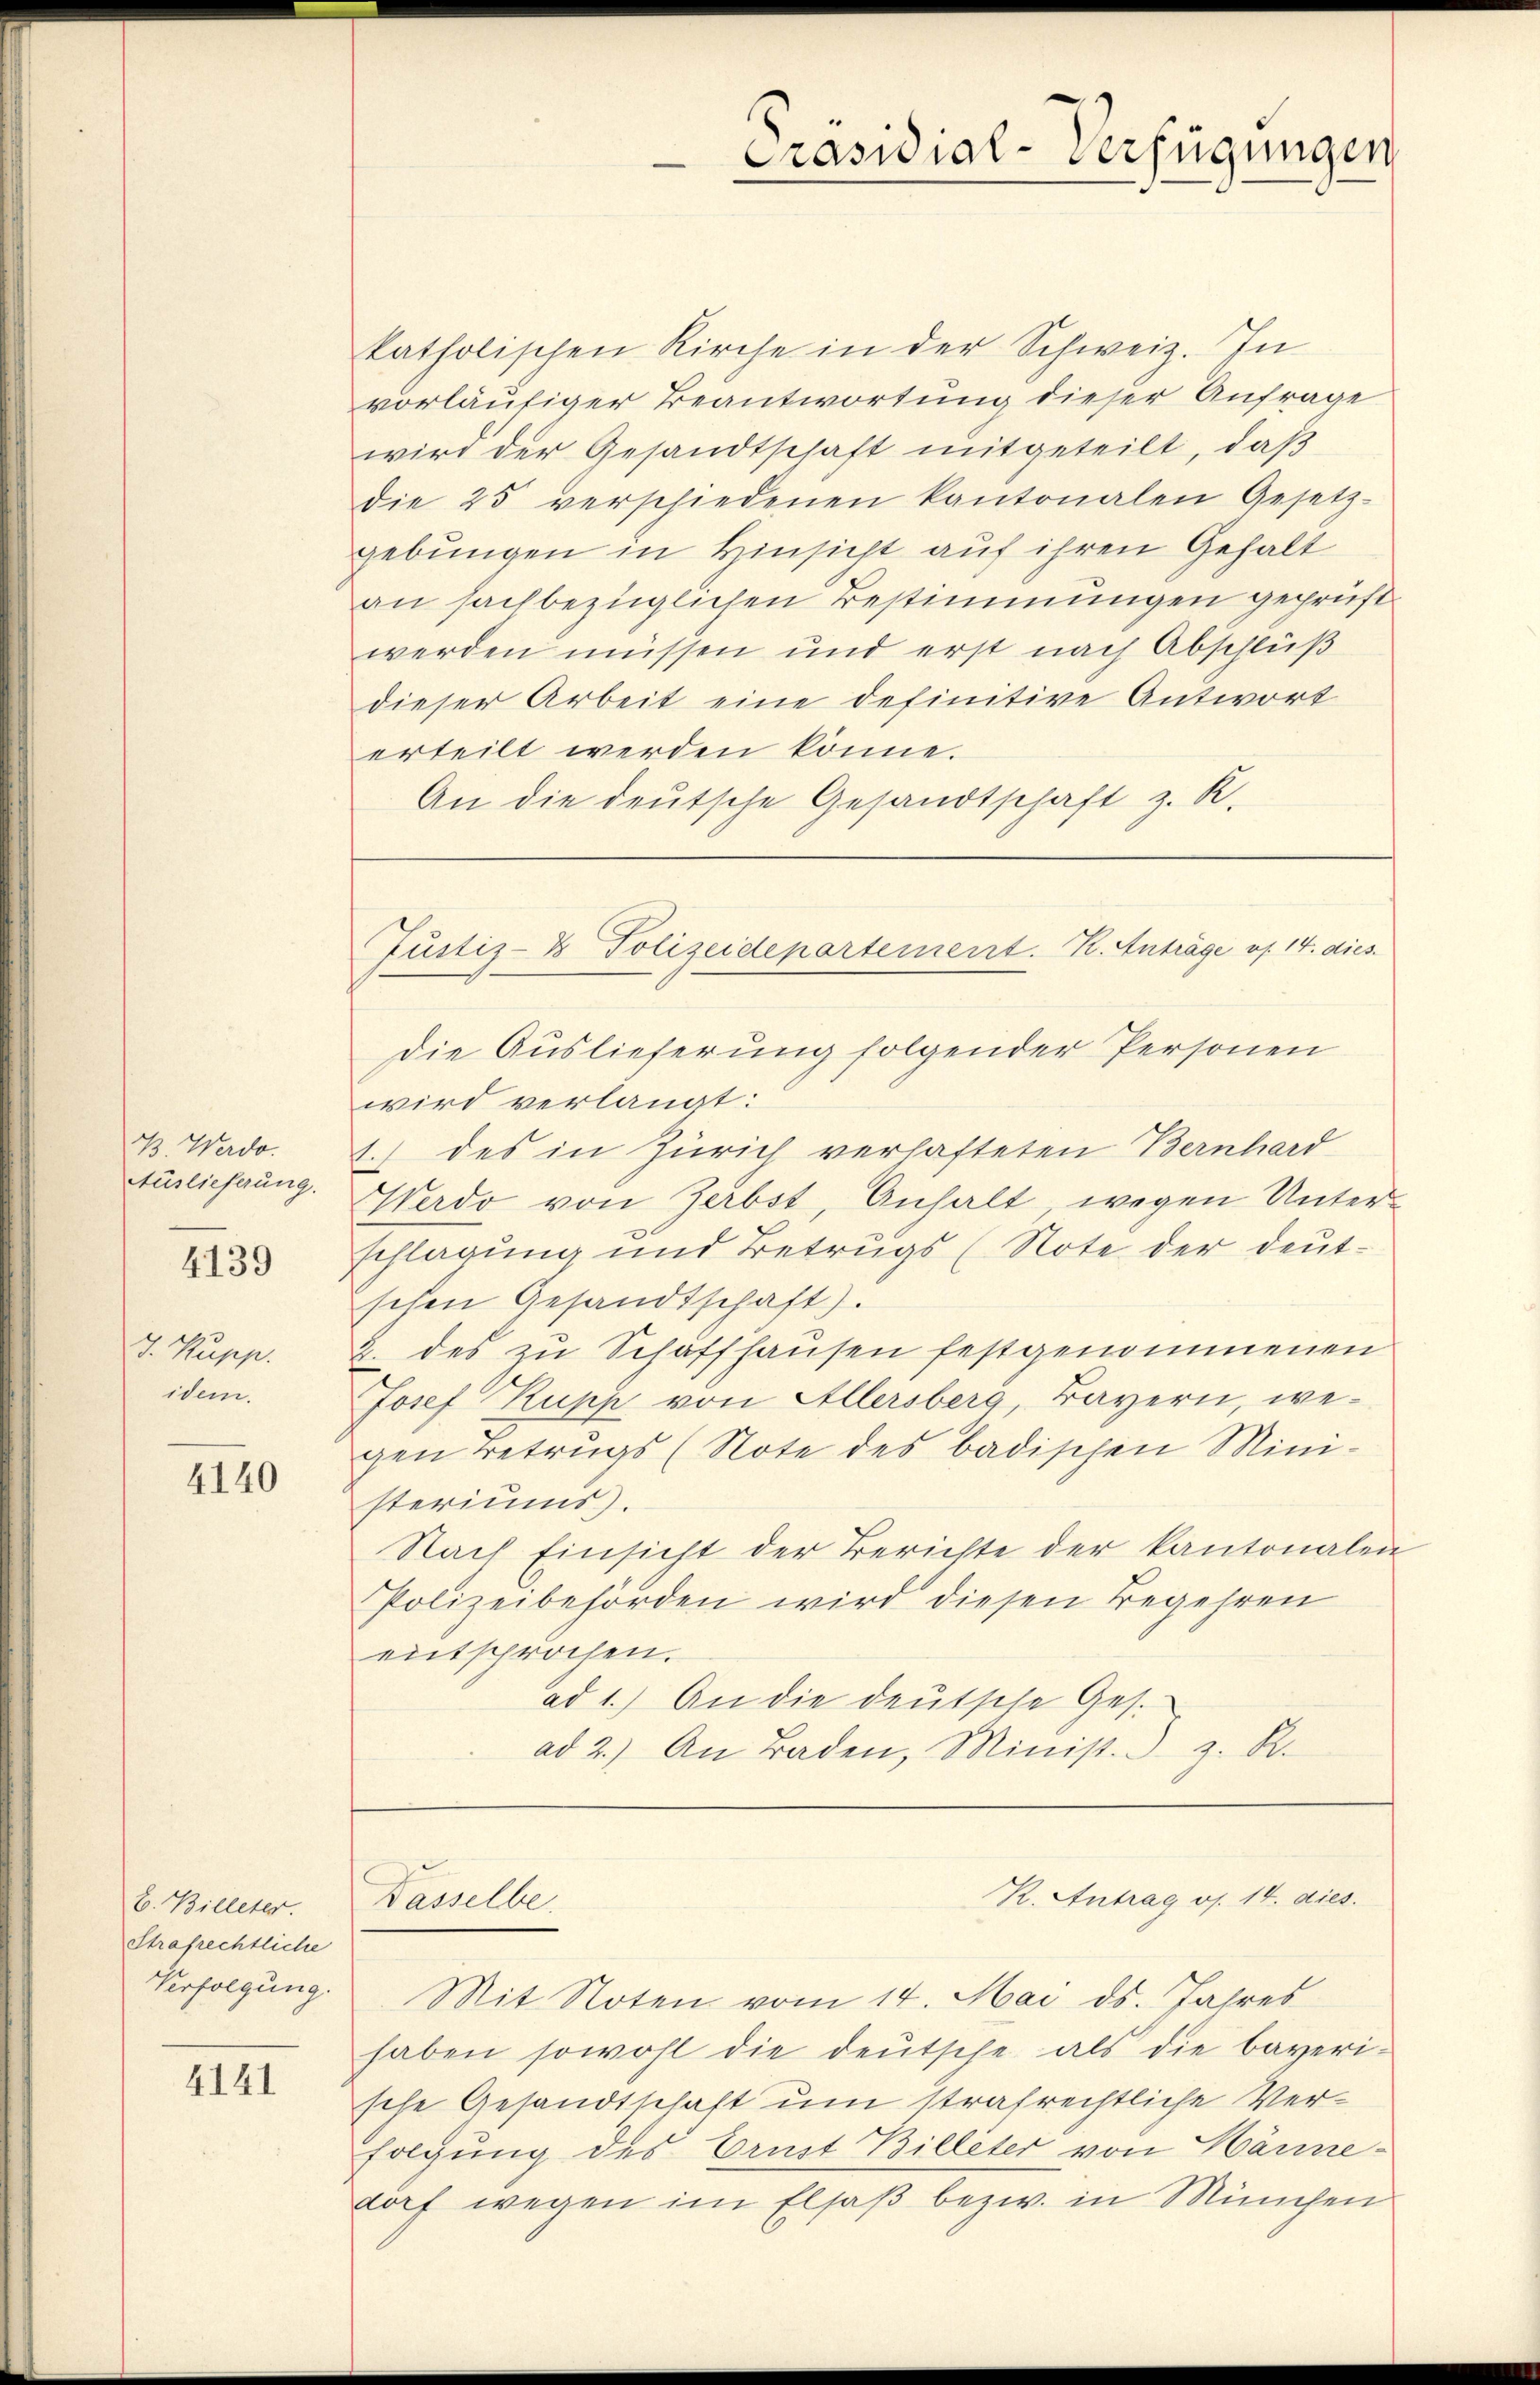
B. Werdo
Auslieferung.

4139

J. Kupp.
idem.

4140

B. Billeter.
Strafrechtliche
Verfolgung.

4141

Präsidial-Verfügungen

katholischen Kirche in der Schweiz. In
vorläufiger Beantwortung dieser Anfrage
wird der Gesandtschaft mitgeteilt, daß
die 25 verschiedenen kantonalen Gesetz-
gebungen in Hinsicht auf ihren Gehalt
an sachbezüglichen Bestimmungen geprüft
werden müssen und erst nach Abschluß
dieser Arbeit eine definitive Antwort
erteilt werden könne.
An die deutsche Gesandtschaft z. R.

Justiz- & Polizeidepartement. K. Anträge es. 14. dies
die Auslieferung folgender Personen

wird verlangt:
1.) des in Zürich verhafteten Bernhard
Werdo von Zerbst, Anhalt, wegen Unterschlagung und Betrugs (Note der deut-
schen Gesandtschaft).
2. des zu Schaffhausen festgenommenen
Josef Kupp von Allersberg, Bayern, wegen Betrugs (Note des badischen Mini-
steriums).
Nach Einsicht der Berichte der kantonalen
Polizeibehörden wird diesen Begehren
entsprochen.
ad 1.) An die deutsche Ges.
ad 2.) An Baden, Minist. z. R.

Wasselbe.

Mit Noten vom 14. Mai ds. Jahres
haben sowohl die deutsche als die bayeri-
sche Gesandtschaft um strafrechtliche Verfolgung des Ernst Billeter von Härmedorf wegen im Elsaß bezw. in München

R. Antrag os. 14. dies